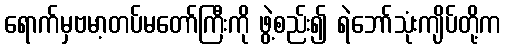
ရောက်မှဗမာ့တပ်မတော်ကြီးကို ဖွဲ့စည်း၍ ရဲဘော်သုံးကျိပ်တို့က